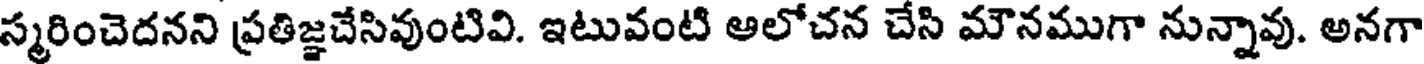
స్మరించెదనని ప్రతిజ్ఞచేసివుంటివి. ఇటువంటి ఆలోచన చేసి మౌనముగా నున్నావు. అనగా